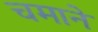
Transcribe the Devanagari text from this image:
चमाने